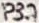
Text: P3.7